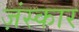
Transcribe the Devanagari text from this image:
ज़ंस्कार